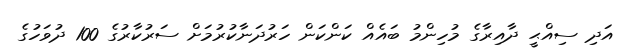
އަދި ސިއްޙީ ދާއިރާގެ މުހިންމު ބައެއް ކަންކަން ހަރުދަނާކުރުމަށް ސަރުކާރުގެ 100 ދުވަހުގެ